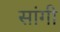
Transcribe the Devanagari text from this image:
सांगी